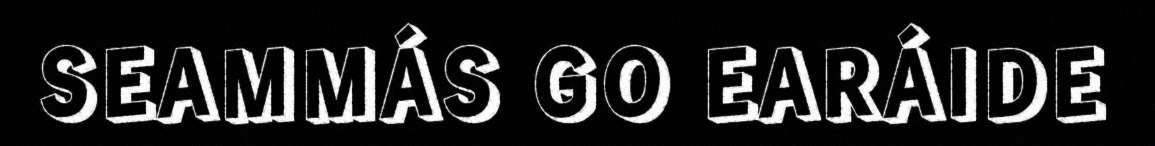
SEAMMÁS GO EARÁIDE